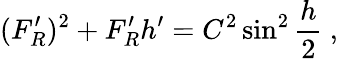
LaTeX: (F_{R}^{\prime})^{2}+F_{R}^{\prime}h^{\prime}=C^{2}\sin^{2}{\frac{h}{2}}\ ,